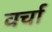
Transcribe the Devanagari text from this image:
वर्चा